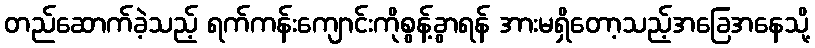
တည်ဆောက်ခဲ့သည့် ရက်ကန်းကျောင်းကိုစွန့်ခွာရန် အားမရှိတော့သည့်အခြေအနေသို့